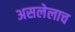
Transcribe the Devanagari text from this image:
असलेलाच